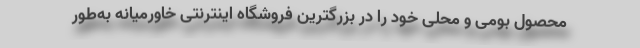
محصول بومی و محلی خود را در بزرگترین فروشگاه اینترنتی خاورمیانه به‌طور